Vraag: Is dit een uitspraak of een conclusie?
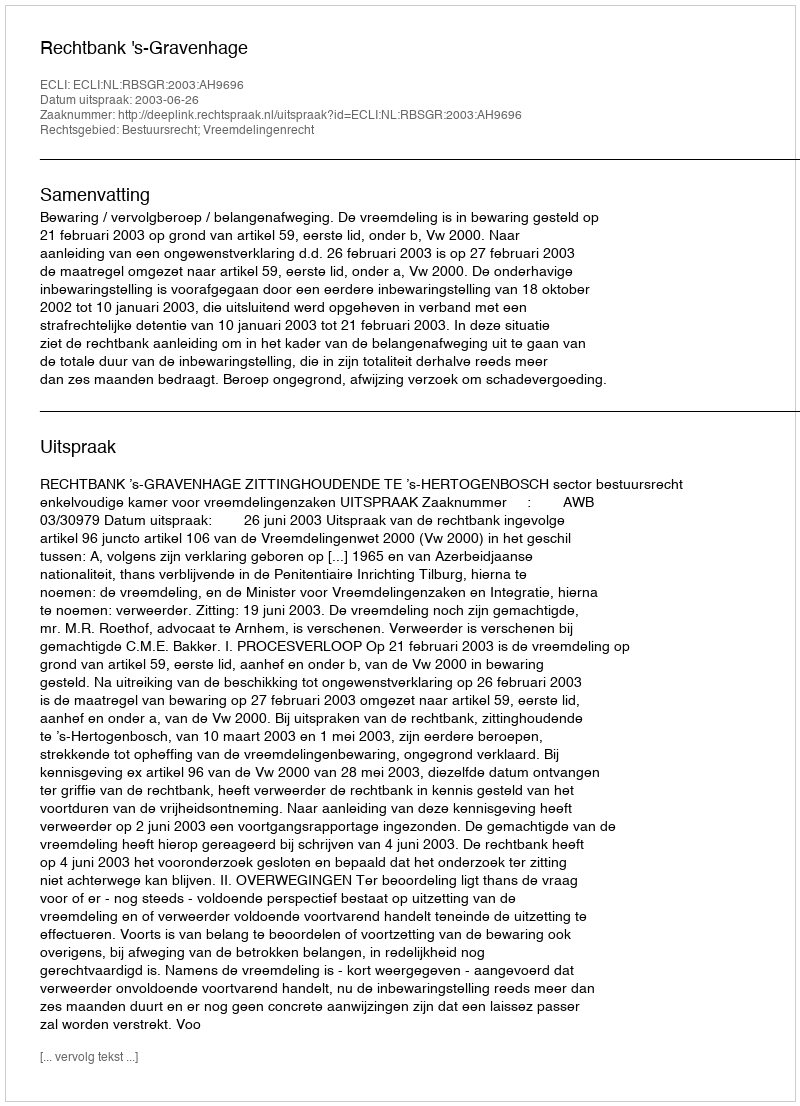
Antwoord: Uitspraak